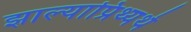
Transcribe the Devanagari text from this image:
झाल्याप्रिथ्यर्थ